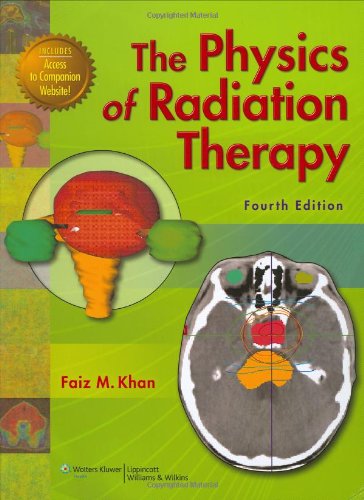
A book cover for The Physics of Radiation Therapy; Faiz M. Khan PhD; Medical Books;